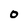
Character: 0